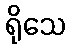
ရိုသေ